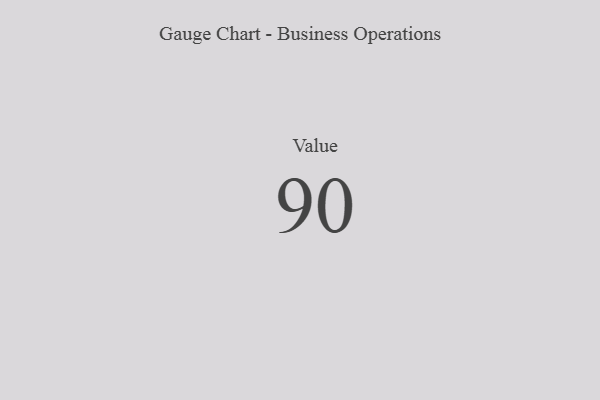
{"axis": {"x": "Metric", "y": "Value"}, "legend": [""], "data": [{"x": "Value", "y": 90, "type": ""}]}